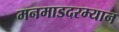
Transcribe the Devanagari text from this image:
मनमाडदरम्यान